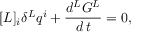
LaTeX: [ L ] _ { i } \delta ^ { L } q ^ { i } + \frac { d ^ { L } G ^ { L } } { d \, t } = 0 ,